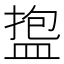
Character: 𪾑